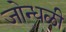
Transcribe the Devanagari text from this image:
जोन्धळी